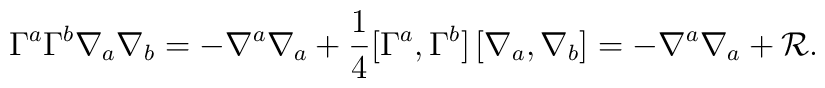
\Gamma^a\Gamma^b\nabla_a\nabla_b = -\nabla^a\nabla_a+ \frac{1}{4}[\Gamma^a,\Gamma^b]\,[\nabla_a,\nabla_b]= -\nabla^a\nabla_a+{\cal R}.